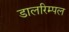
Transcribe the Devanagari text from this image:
डालरिम्पल